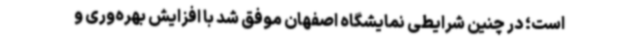
است؛ در چنین شرایطی نمایشگاه اصفهان موفق شد با افزایش بهره‌وری و